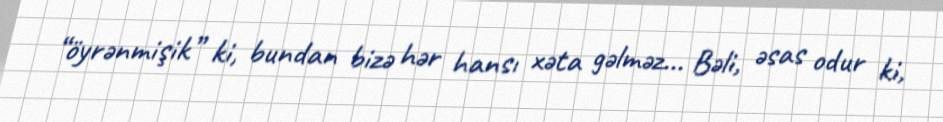
“öyrənmişik” ki, bundan bizə hər hansı xəta gəlməz... Bəli, əsas odur ki,